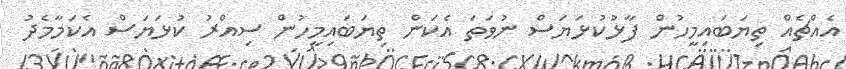
އެއްޗެއް ތިޔަބައިމީހުން ފާޅުކުޅަޔަސް ނުވަތަ އެކަން ތިޔަބައިމީހުން ސިއްރު ކުޅަޔަސް އެކަމާމެދު